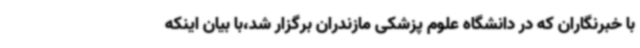
با خبرنگاران که در دانشگاه علوم پزشکی مازندران برگزار شد،با بیان اینکه